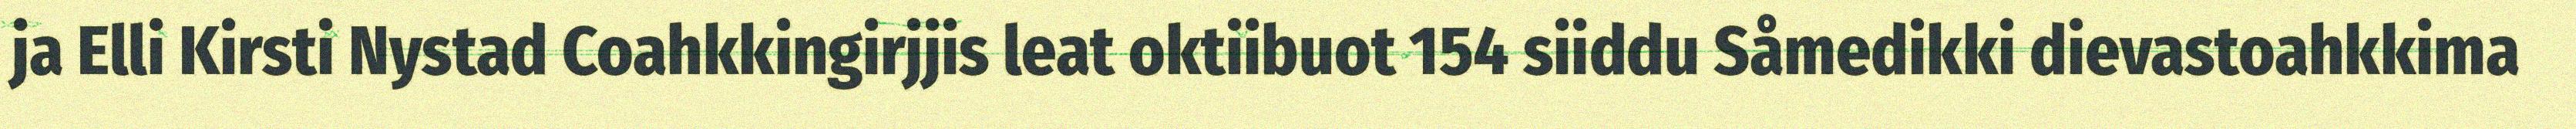
ja Elli Kirsti Nystad Coahkkingirjjis leat oktiibuot 154 siiddu Såmedikki dievastoahkkima